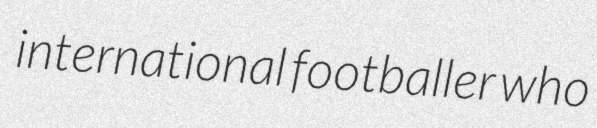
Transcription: international footballer who